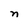
Character: n